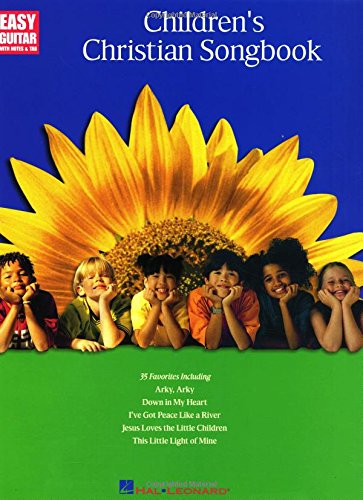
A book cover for CHILDREN'S CHRISTIAN SONGBOOK (Easy Guitar with Notes & Tab); Christian Books & Bibles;